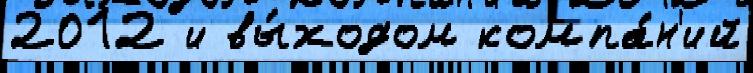
2012 и вы́ходом компа́н'ий